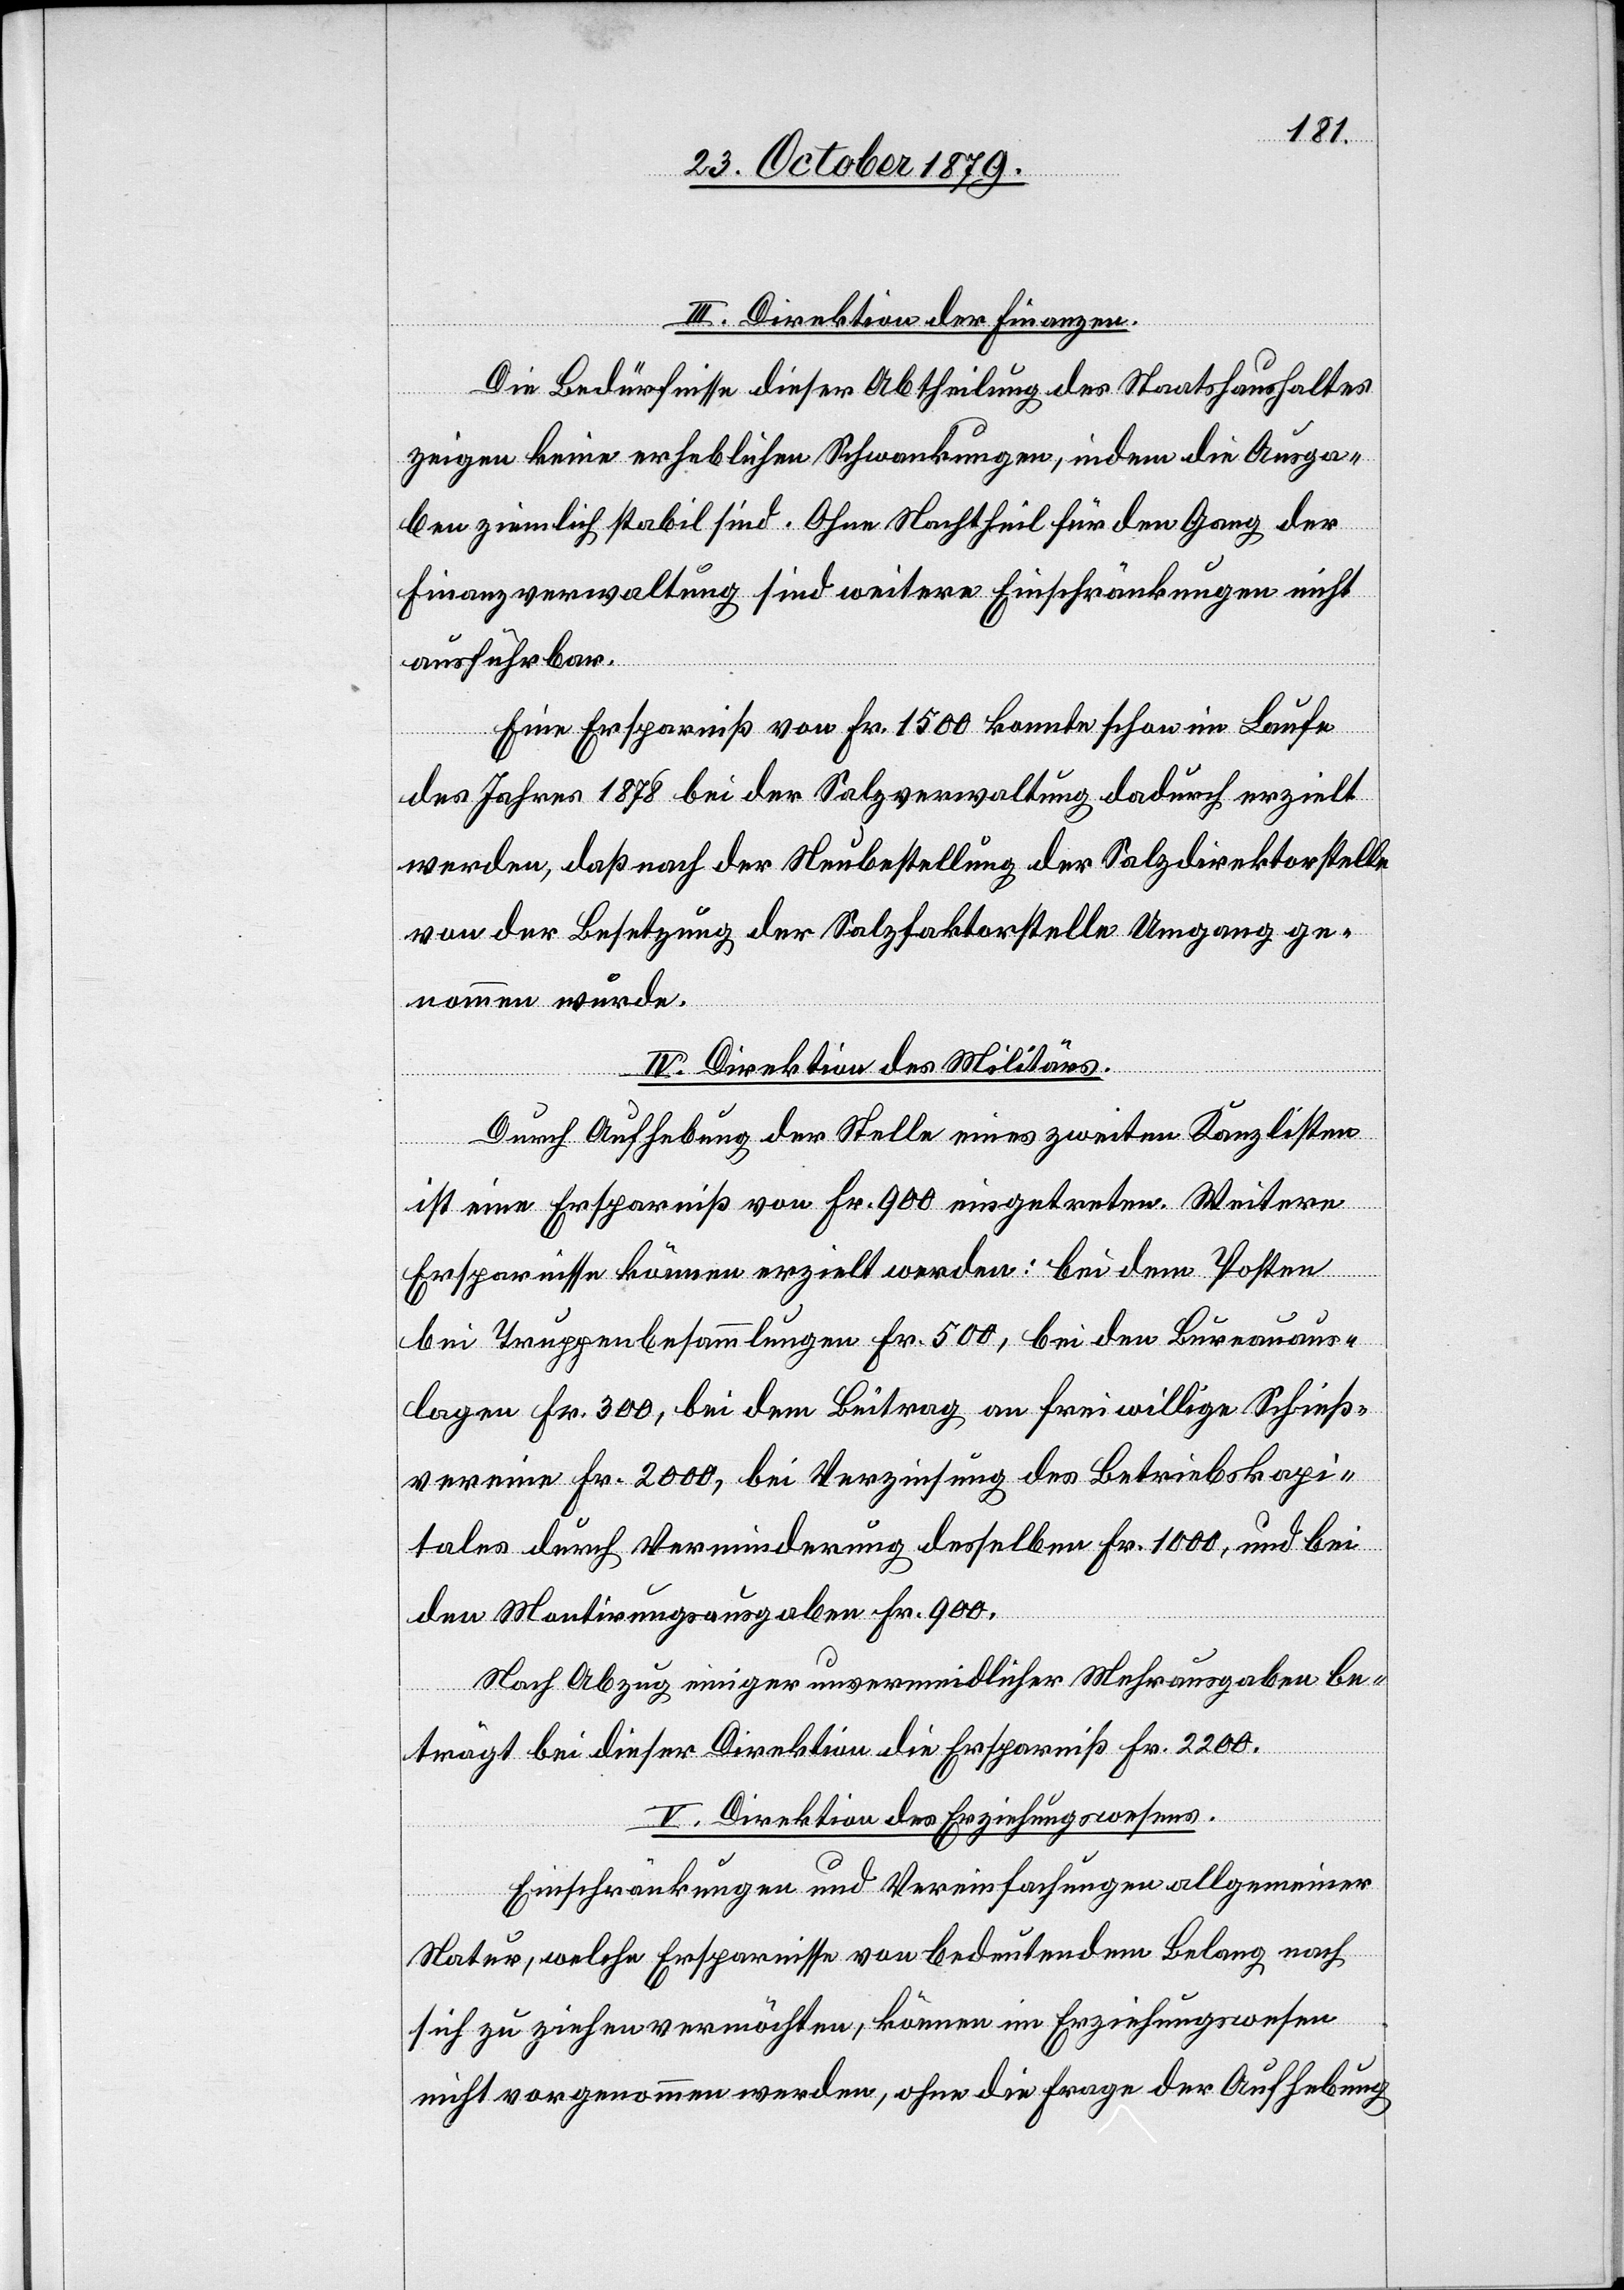
III. Direktion der Finanzen.
Die Bedürfnisse dieser Abtheilung des Staatshaushaltes
zeigen keine erheblichen Schwankungen, indem die Ausga¬
ben ziemlich stabil sind. Ohne Nachtheil für den Gang der
Finanzverwaltung sind weitere Einschränkungen nicht
ausführbar.
Eine Ersparniß von Fr. 1500 konnte schon im Laufe
des Jahres 1878 bei der Salzverwaltung dadurch erzielt
werden, das nach der Neubestellung der Salzdirektorstelle
von der Besetzung der Salzfaktorstelle Umgang ge¬
nommen wurde.
IV. Direktion des Militärs.
Durch Aufhebung der Stelle eines zweiten Kanzlisten
ist eine Ersparniß von Fr. 900 eingetreten. Weitere
Ersparnisse können erzielt werden: bei dem Posten
bei Truppenbesammlungen Fr. 500, bei den Bureauaus¬
lagen Fr. 300, bei dem Beitrag an freiwillige Schieß¬
vereine Fr. 2000, bei Verzinsung des Betriebskapi¬
tales durch Verminderung desselben Fr. 1000, und bei
den Montirungsausgaben Fr. 900.
Nach Abzug einiger unvermeidlichen Mehrausgaben be¬
trägt bei dieser Direktion die Ersparniß Fr. 2200.
V. Direktion des Erziehungswesens.
Einschränkungen und Vereinfachungen allgemeiner
Natur, welche Ersparnisse von bedeutendem Belang nach
sich zu ziehen vermöchten, können im Erziehungswesen
nicht vorgenommen werden, ohne die Frage der Aufhebung